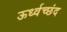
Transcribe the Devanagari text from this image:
ऊर्ध्वच्छंद